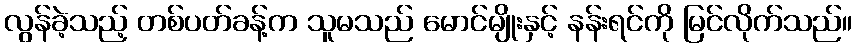
လွန်ခဲ့သည့် တစ်ပတ်ခန့်က သူမသည် မောင်မျိုးနှင့် နန်းရင်ကို မြင်လိုက်သည်။